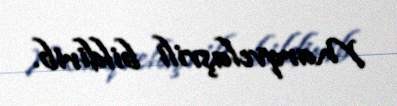
Marqvelaşvili bildirib.